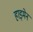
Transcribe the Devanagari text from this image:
हाइमेन